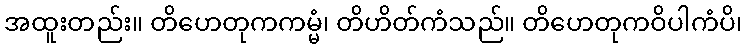
အထူးတည်း။ တိဟေတုကကမ္မံ၊ တိဟိတ်ကံသည်။ တိဟေတုကဝိပါကံပိ၊